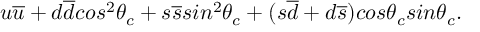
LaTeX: u \overline { { { u } } } + d \overline { { { d } } } c o s ^ { 2 } \theta _ { c } + s \overline { { { s } } } s i n ^ { 2 } \theta _ { c } + ( s \overline { { { d } } } + d \overline { { { s } } } ) c o s \theta _ { c } s i n \theta _ { c } .